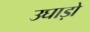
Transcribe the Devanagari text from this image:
उघाड़ो